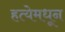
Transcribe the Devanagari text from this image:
हत्येमधून